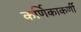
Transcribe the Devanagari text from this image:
कर्णिकाकर्णी